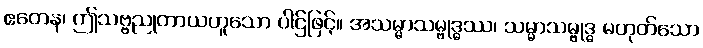
ဧတေန၊ ဤသဗ္ဗညုတာယဟူသော ပါဌ်ဖြင့်။ အသမ္မာသမ္ဗုဒ္ဓဿ၊ သမ္မာသမ္ဗုဒ္ဓ မဟုတ်သော